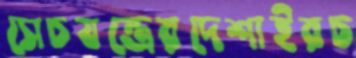
সেচযন্ত্রেরদেশাইরচ